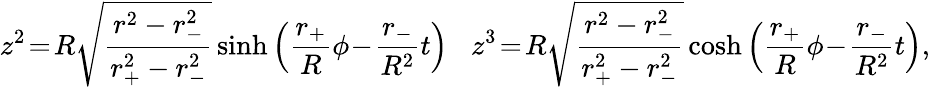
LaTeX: z^{2}\! =\! R\sqrt{\frac{r^{2}-r_{-}^{2}}{r_{+}^{2}-r_{-}^{2}}}\sinh\left(\frac{r_{+}}{R}\phi\! -\! \frac{r_{-}}{R^{2}}t\right)\; \; \; z^{3}\! =\! R\sqrt{\frac{r^{2}-r_{-}^{2}}{r_{+}^{2}-r_{-}^{2}}}\cosh\left(\frac{r_{+}}{R}\phi\! -\! \frac{r_{-}}{R^{2}}t\right),